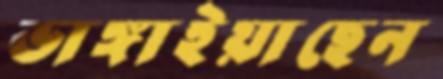
ভাঙ্গাইয়াছেন